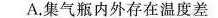
A.集气瓶内外存在温度差